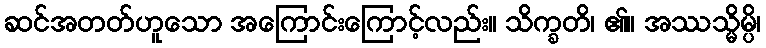
ဆင်အတတ်ဟူသော အကြောင်းကြောင့်လည်း။ သိက္ခတိ၊ ၏။ အဿသ္မိမ္ပိ၊